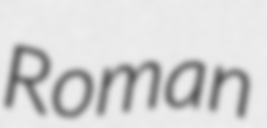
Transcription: Roman